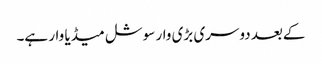
کےبعد دوسری بڑی وار سوشل میڈیا وار ہے۔